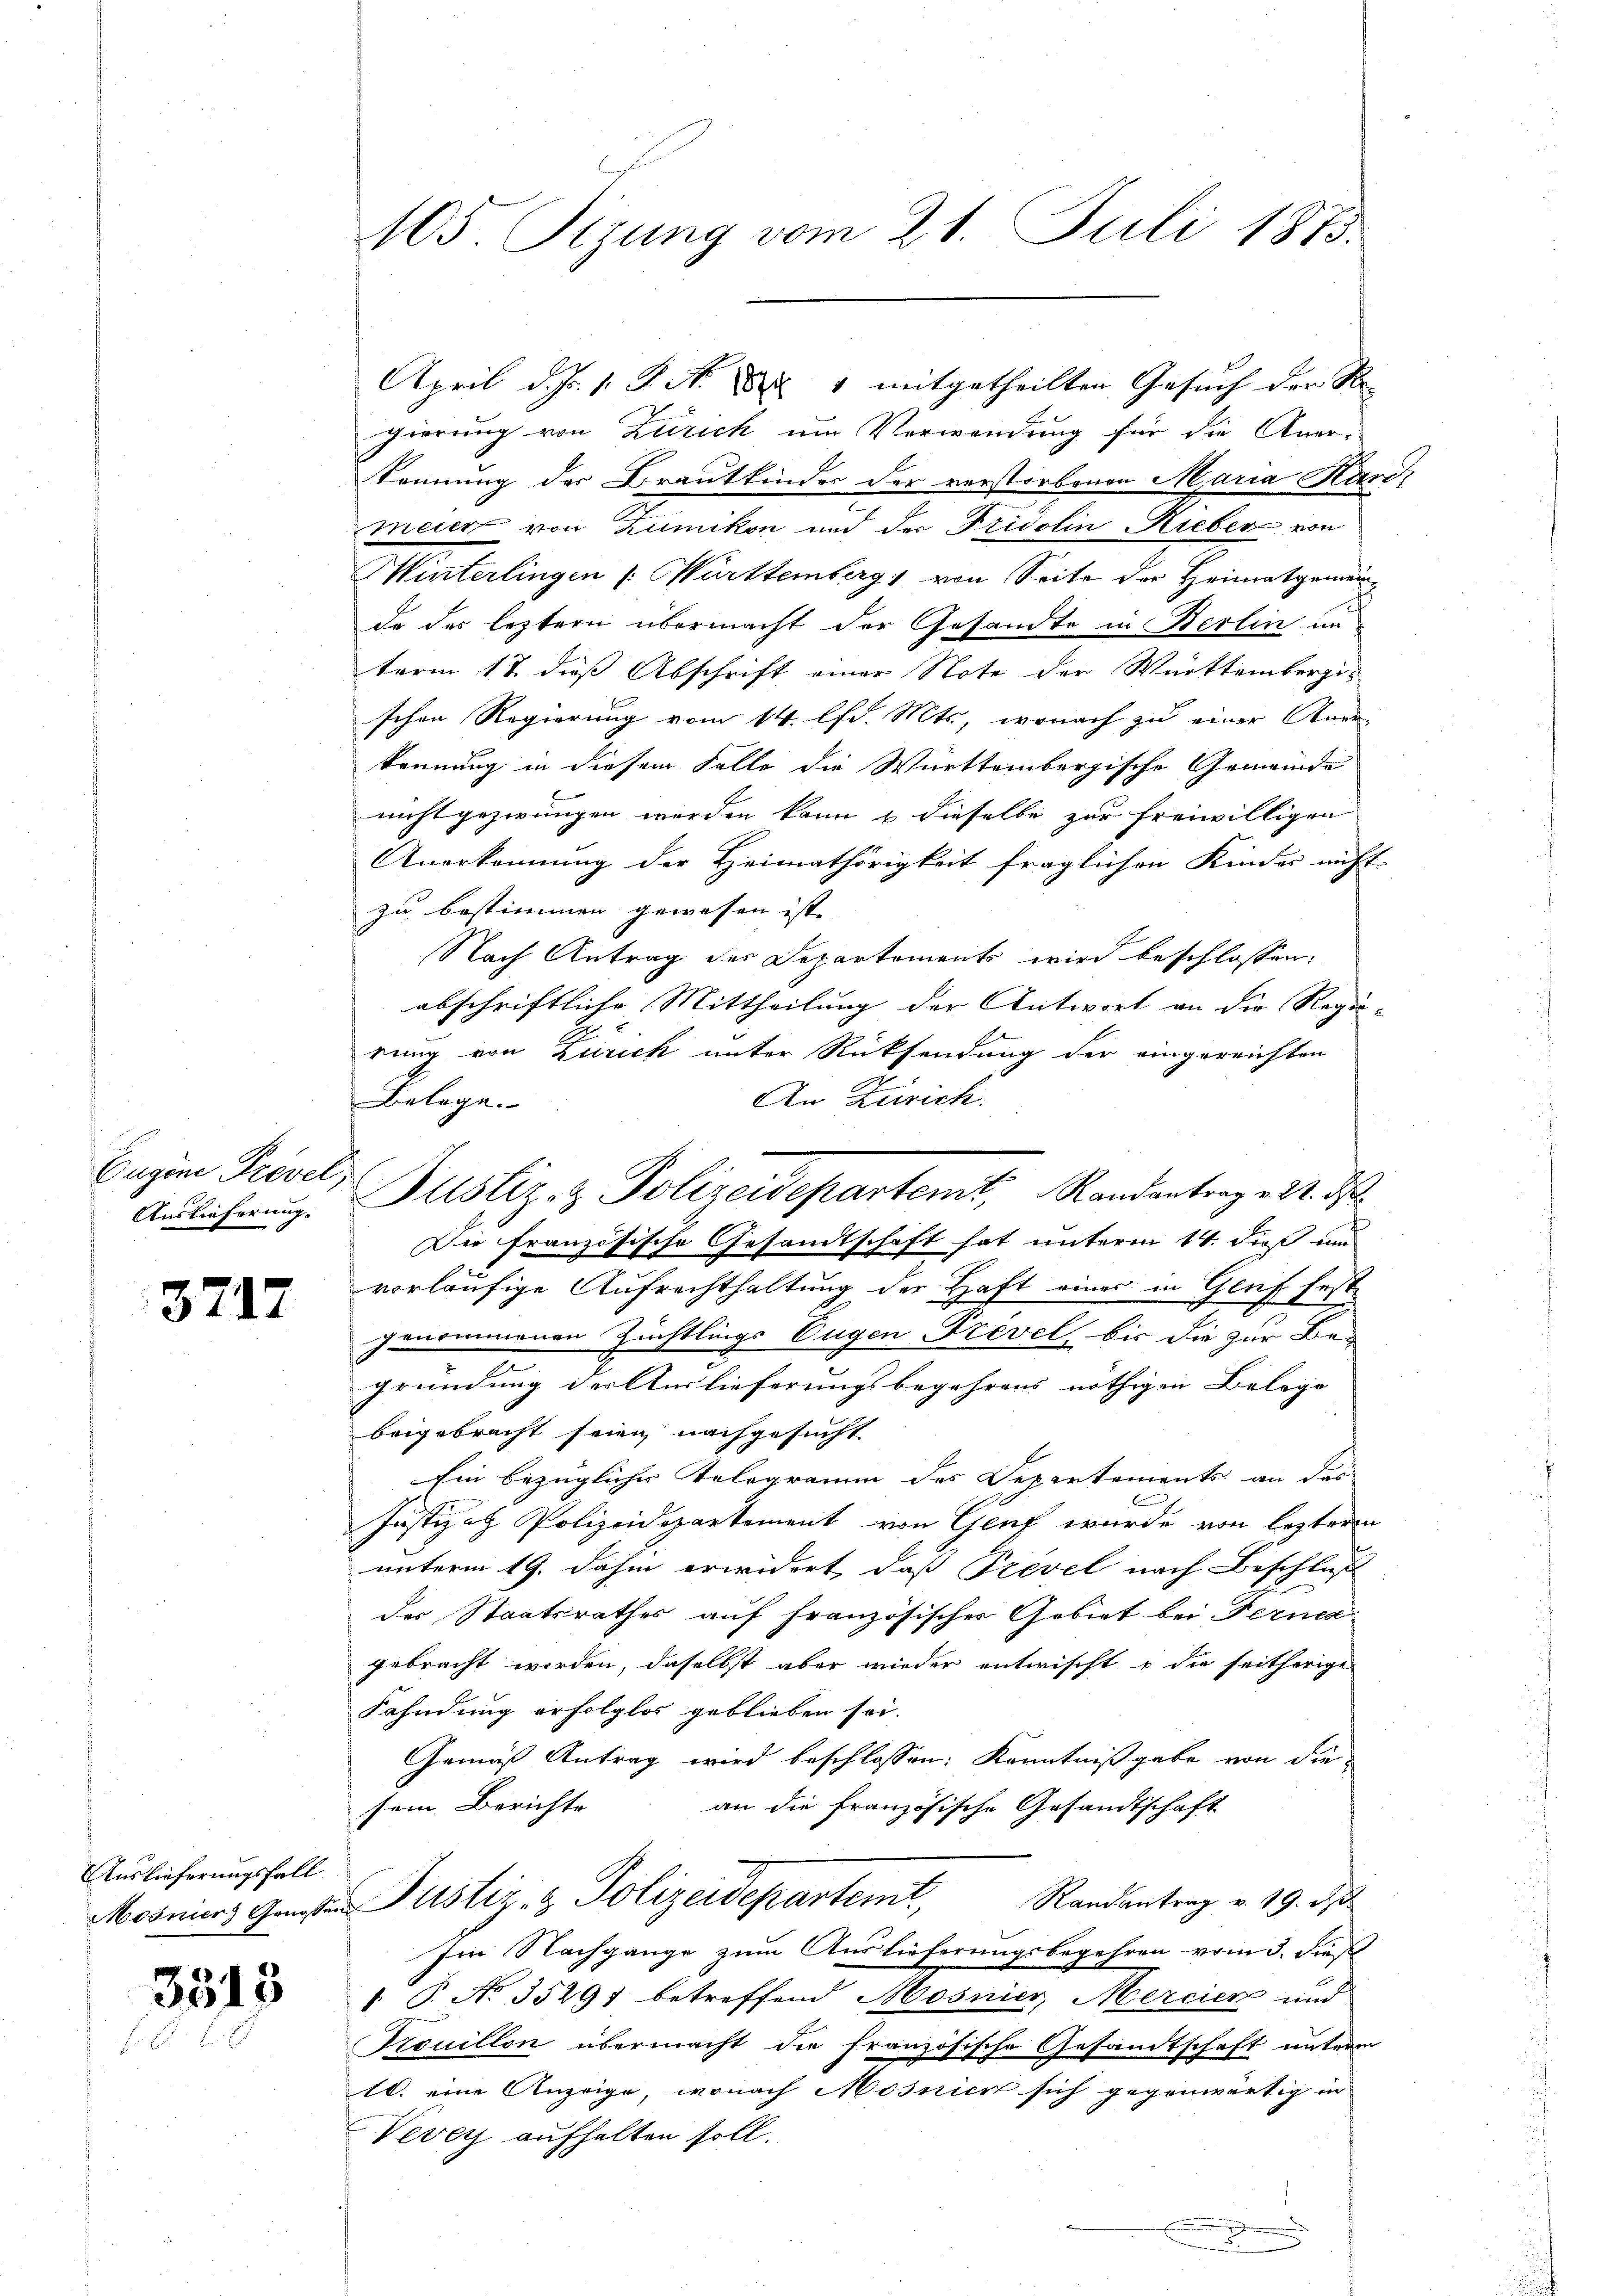
Eugen Prevel,
Auslieferung.

3717

Auslieferungsfall

3513

105 Sizung vom 21. Juli 1873.

April d. Js. v. J. N. 1881 mitgetheilten Gesuch der Re
gierung von Zürich um Verwendung für die Aner-
kennung der Brautkinder der verstorbenen Maria Kari,
meier von Zumikon und der Fridolin Rieber von
Winterlingen ( Württemberg, von Seite der Heimatgemeinde des leztern übermacht der Gesandte in Berlin unterm 17. dieß Abschrift einer Note der Württembergischen Regierung vom 14. lfd. Mts., wonach zu einer Aner-
kennung in diesem Falle die Württembergische Gemeinde
nicht gezwungen werden kann & dieselbe zur freiwilligen
Anerkennung der Heimathörigkeit fraglichen Kinder nicht
zu bestimmen gewesen ist,
Nach Antrag des Departements wird beschlossen:
abschriftliche Mittheilung der Antwort an die Regie-
rung von Zurick unter Rücksendung der eingereichten
An Zürich.
Belege.
Die französische Gesandtschaft hat unterm 14. dieß um
vorläufige Aufrechthaltung der Haft eines in Genf fest
genommenen Züchtlings Eugen Prevel, bis die zur Bei
gründung der Auslieferungsbegehrens nöthigen Belege
beigebracht seien nachgesucht
hin bezüglicher Telegramm des Departements an das
Justizah Polizeidepartement von Genf wurde von lezteren
unterm 19. dahin erwidert, daß Prevel nach Beschluß
der Staatsrathes auf französischer Gebiet bei Ferner
gebracht worden, daselbst aber wieder entwischt, u die seitherige
Fahndung erfolglos geblieben sei.
Gemäß Antrag wird beschlossen: Kenntnißgabe von die
sein Berichte |
an die französische Gesandtschaft
Mosniers Gasten Justiz- & Polizeidepartemt, Randantrag v. 19. d
Im Nachgange zum Auslieferungsbegehren vom 3. dieß
1 T. No. 3529; betreffend Mosnier Mercier und
Trouillon übermacht die französische Gesandtschaft unterm
10. eine Anzeige, wonach Mosnien sich gegenwärtig in
Vevey aufhalten soll.

Justiz- & Polizeidepartemt, Randantrag d. d.

.